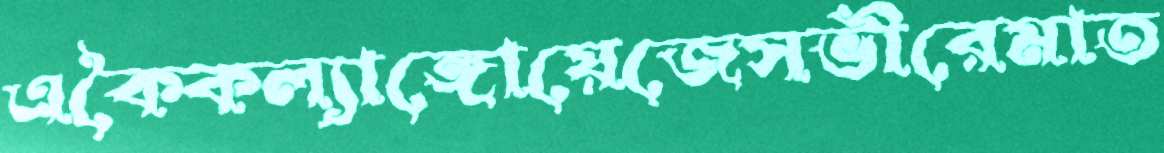
একৈকল্যাঙ্গোয়েজেসভীরেমাত